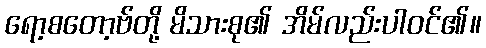
ရော့စတော့ဗ်တို့ မိသားစု၏ အိမ်လည်းပါဝင်၏။